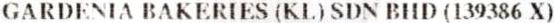
GARDENIA BAKERIES (KL) SDN BHD (139386 X)